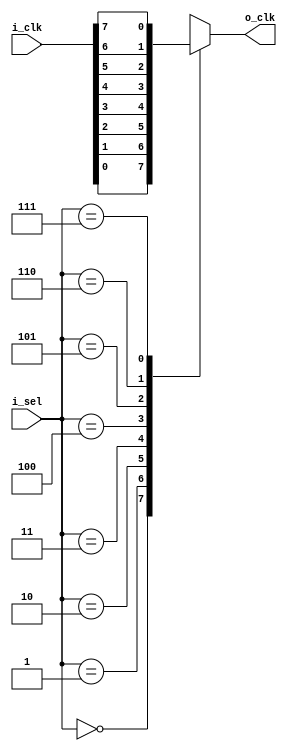
module clk_mux81(
    i_clk,
    i_sel,
    o_clk
);

input wire [7:0] i_clk;
input wire [2:0] i_sel;
output	reg o_clk;


always @* begin
case(i_sel)
    3'h0: o_clk = i_clk[0];
    3'h1: o_clk = i_clk[1];
    3'h2: o_clk = i_clk[2];
    3'h3: o_clk = i_clk[3];
    3'h4: o_clk = i_clk[4];
    3'h5: o_clk = i_clk[5];
    3'h6: o_clk = i_clk[6];
    3'h7: o_clk = i_clk[7];
endcase
end














endmodule